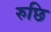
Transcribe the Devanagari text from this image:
रुछि